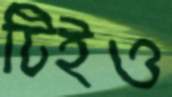
টিইও